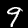
Label: 9